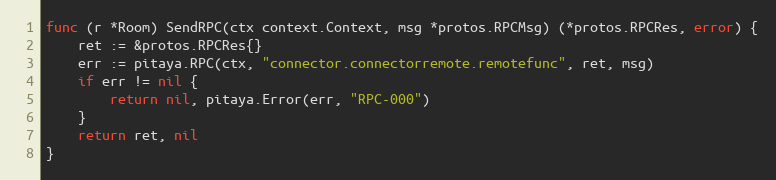
Language: Go
func (r *Room) SendRPC(ctx context.Context, msg *protos.RPCMsg) (*protos.RPCRes, error) {
	ret := &protos.RPCRes{}
	err := pitaya.RPC(ctx, "connector.connectorremote.remotefunc", ret, msg)
	if err != nil {
		return nil, pitaya.Error(err, "RPC-000")
	}
	return ret, nil
}